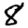
Digit: 8